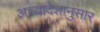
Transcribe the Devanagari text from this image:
अध्यादेशानुसार